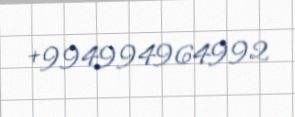
+994994964992